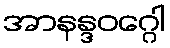
အာနန္ဒဝဂ္ဂေါ